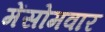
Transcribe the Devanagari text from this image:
मेंसोमवार